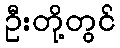
ဦးတို့တွင်